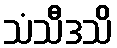
သံသီဒသိ